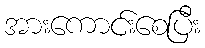
အားကောင်းစေပြီး